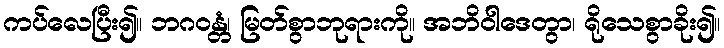
ကပ်လေပြီး၍။ ဘဂဝန္တံ၊ မြတ်စွာဘုရားကို။ အဘိဝါဒေတွာ၊ ရိုသေစွာခိုး၍။